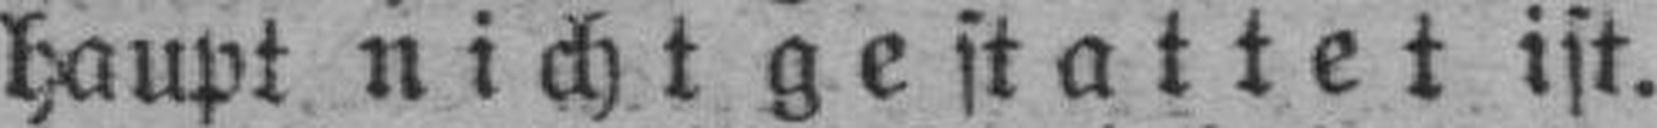
haupt nicht gestattet ist.